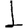
Digit: 1